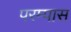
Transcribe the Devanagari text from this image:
परम्पास